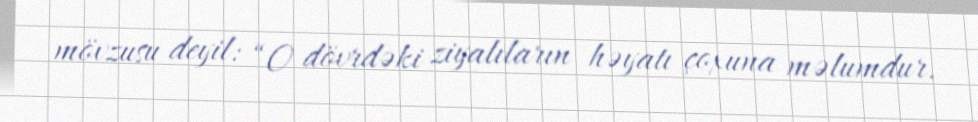
mövzusu deyil: “O dövrdəki ziyalıların həyatı çoxuna məlumdur.